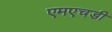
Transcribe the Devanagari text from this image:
एमएचडी